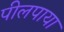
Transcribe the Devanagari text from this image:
पीलपाया